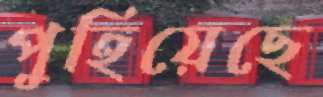
পুহিয়েছে